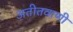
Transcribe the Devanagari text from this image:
अतीतवाणी